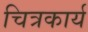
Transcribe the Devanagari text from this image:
चित्रकार्य